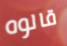
قالوه